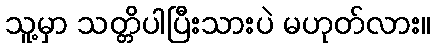
သူ့မှာ သတ္တိပါပြီးသားပဲ မဟုတ်လား။